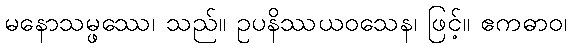
မနောသမ္ဖဿေ၊ သည်။ ဥပနိဿယဝသေန၊ ဖြင့်။ ဧကဓာဝ၊